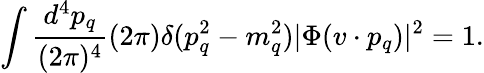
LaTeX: \int{\frac{d^{4}p_{q}}{(2\pi)^{4}}}(2\pi)\delta(p_{q}^{2}-m_{q}^{2})|\Phi(v\cdot p_{q})|^{2}=1.